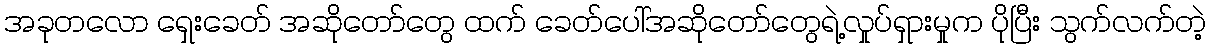
အခုတလော ရှေးခေတ် အဆိုတော်တွေ ထက် ခေတ်ပေါ်အဆိုတော်တွေရဲ့လှုပ်ရှားမှုက ပိုပြီး သွက်လက်တဲ့